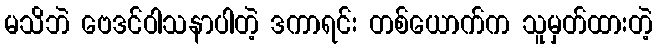
မသိဘဲ ဗေဒင်ဝါသနာပါတဲ့ ဒကာရင်း တစ်ယောက်က သူမှတ်ထားတဲ့